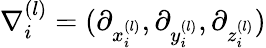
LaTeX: \nabla_{i}^{(l)}=(\partial_{x_{i}^{(l)}},\partial_{y_{i}^{(l)}},\partial_{z_{i}^{(l)}})